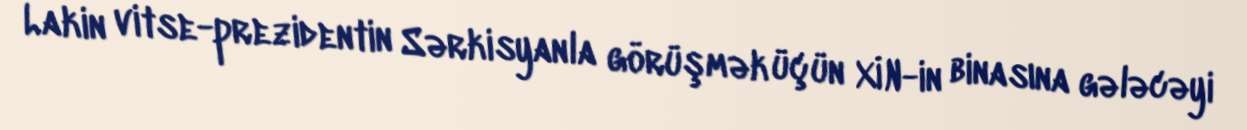
Lakin vitse-prezidentin Sərkisyanla görüşmək üçün XİN-in binasına gələcəyi